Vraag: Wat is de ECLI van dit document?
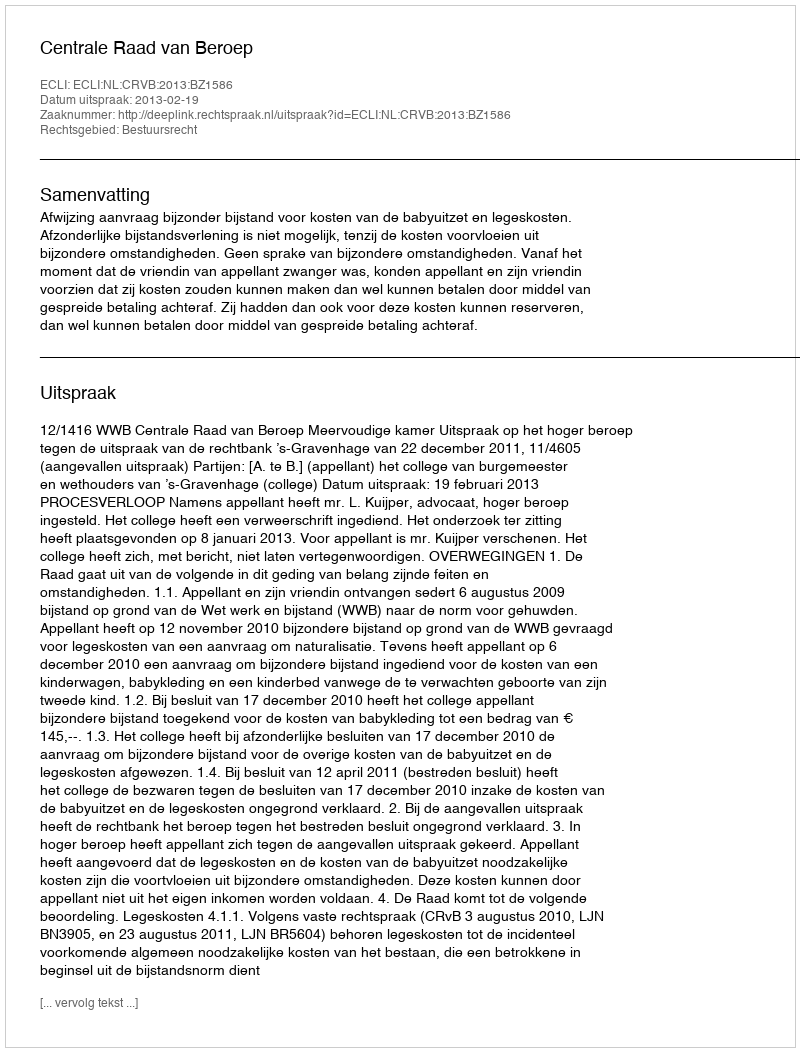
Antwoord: ECLI:NL:CRVB:2013:BZ1586